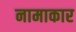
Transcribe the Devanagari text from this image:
नामाकार